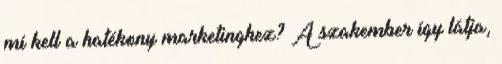
mi kell a hatékony marketinghez? A szakember így látja,